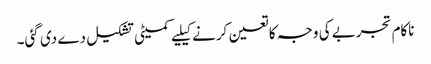
ناکام تجربے کی وجہ کا تعین کرنے کیلیے کمیٹی تشکیل دے دی گئی۔